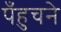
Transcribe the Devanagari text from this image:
पँहुचने